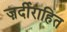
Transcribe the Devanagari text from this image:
ज़र्दीराहित